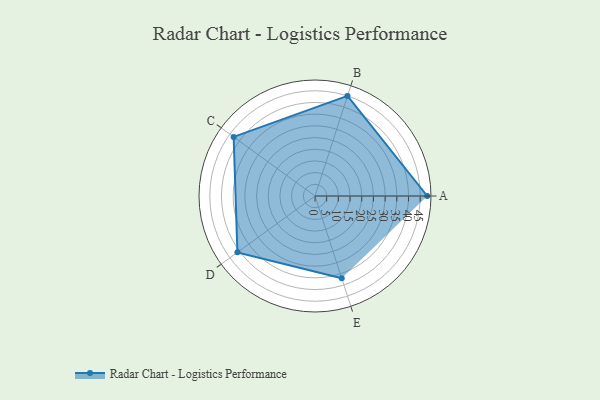
{"axis": {"x": "Skill", "y": "Score"}, "legend": ["Profile"], "data": [{"x": "A", "y": 48.0, "type": "Profile"}, {"x": "B", "y": 45.0, "type": "Profile"}, {"x": "C", "y": 43.0, "type": "Profile"}, {"x": "D", "y": 41.0, "type": "Profile"}, {"x": "E", "y": 37.0, "type": "Profile"}]}